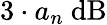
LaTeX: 3\cdot a_{n}\ \mathrm{dB}